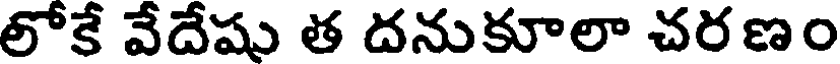
లోకే వేదేషు త దనుకూలా చర ణం